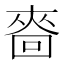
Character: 𰉒